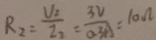
R _ { 2 } = \frac { V _ { 2 } } { I _ { 2 } } = \frac { 3 V } { 0 . 3 A } = 1 0 \Omega